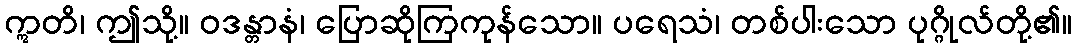
ဣတိ၊ ဤသို့။ ဝဒန္တာနံ၊ ပြောဆိုကြကုန်သော။ ပရေသံ၊ တစ်ပါးသော ပုဂ္ဂိုလ်တို့၏။